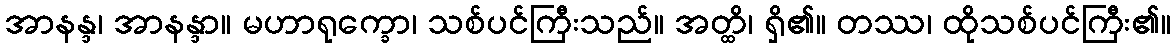
အာနန္ဒ၊ အာနန္ဒာ။ မဟာရုက္ခော၊ သစ်ပင်ကြီးသည်။ အတ္ထိ၊ ရှိ၏။ တဿ၊ ထိုသစ်ပင်ကြီး၏။